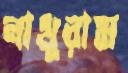
নাথুরাম